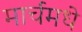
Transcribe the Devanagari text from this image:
मार्चमधे